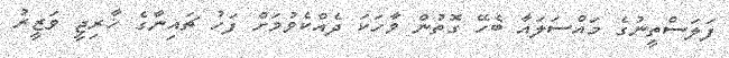
ފަލަސްތީނުގެ މައްސަލައާ ބެހޭ ގޮތުން ވާހަކަ ދެއްކެވުމަށް ފަހު ޗައިނާގެ ޚާރިޖީ ވަޒީރު